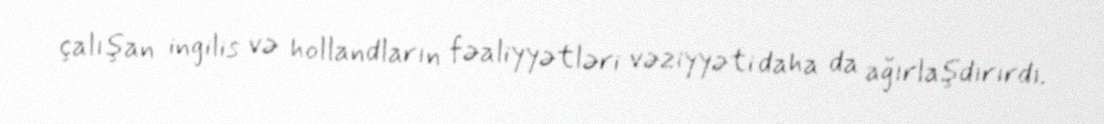
çalışan ingilis və hollandların fəaliyyətləri vəziyyəti daha da ağırlaşdırırdı.